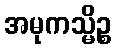
အမုကသ္မိဉ္စ